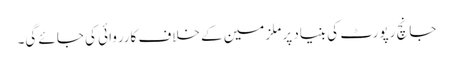
جانچ رپورٹ کی بنیاد پر ملزمین کے خلاف کارروائی کی جائے گی۔